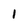
Character: 1